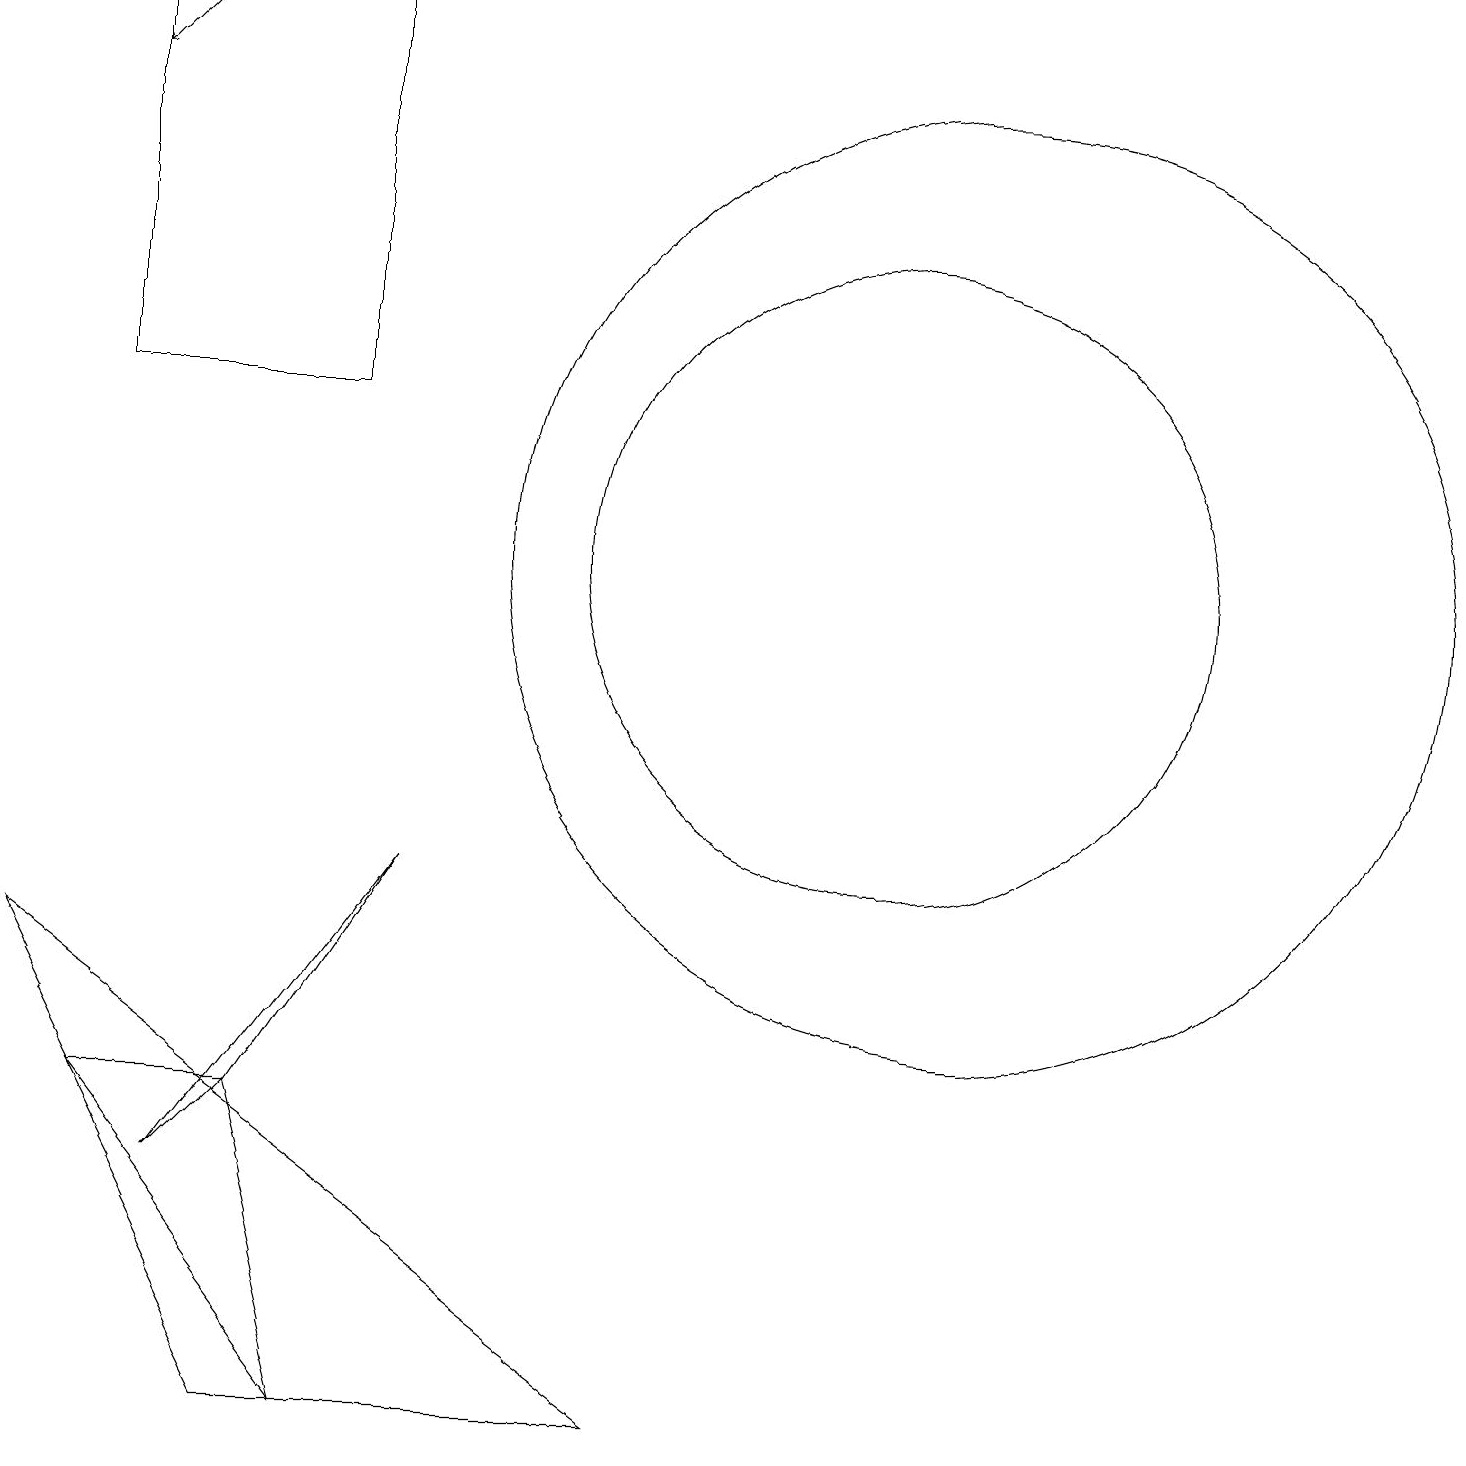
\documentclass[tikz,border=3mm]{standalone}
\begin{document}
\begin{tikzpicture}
\draw (3,0) -- (0,6) -- (8,0) -- cycle;
\draw[->] (2,18) -- (1,17);
\draw (11,11) circle (0);
\draw (12,11) circle (6);
\draw (11,11) circle (4);
\draw (3,4) -- (2,3) -- (5,7) -- cycle;
\draw (3,4) -- (1,4) -- (4,0) -- cycle;
\draw (4,18) rectangle (1,13);
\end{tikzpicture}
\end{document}